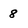
Character: 8